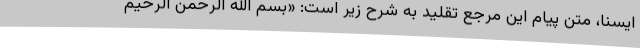
ایسنا، متن پیام این مرجع تقلید به شرح زیر است: «بسم الله الرحمن الرحیم